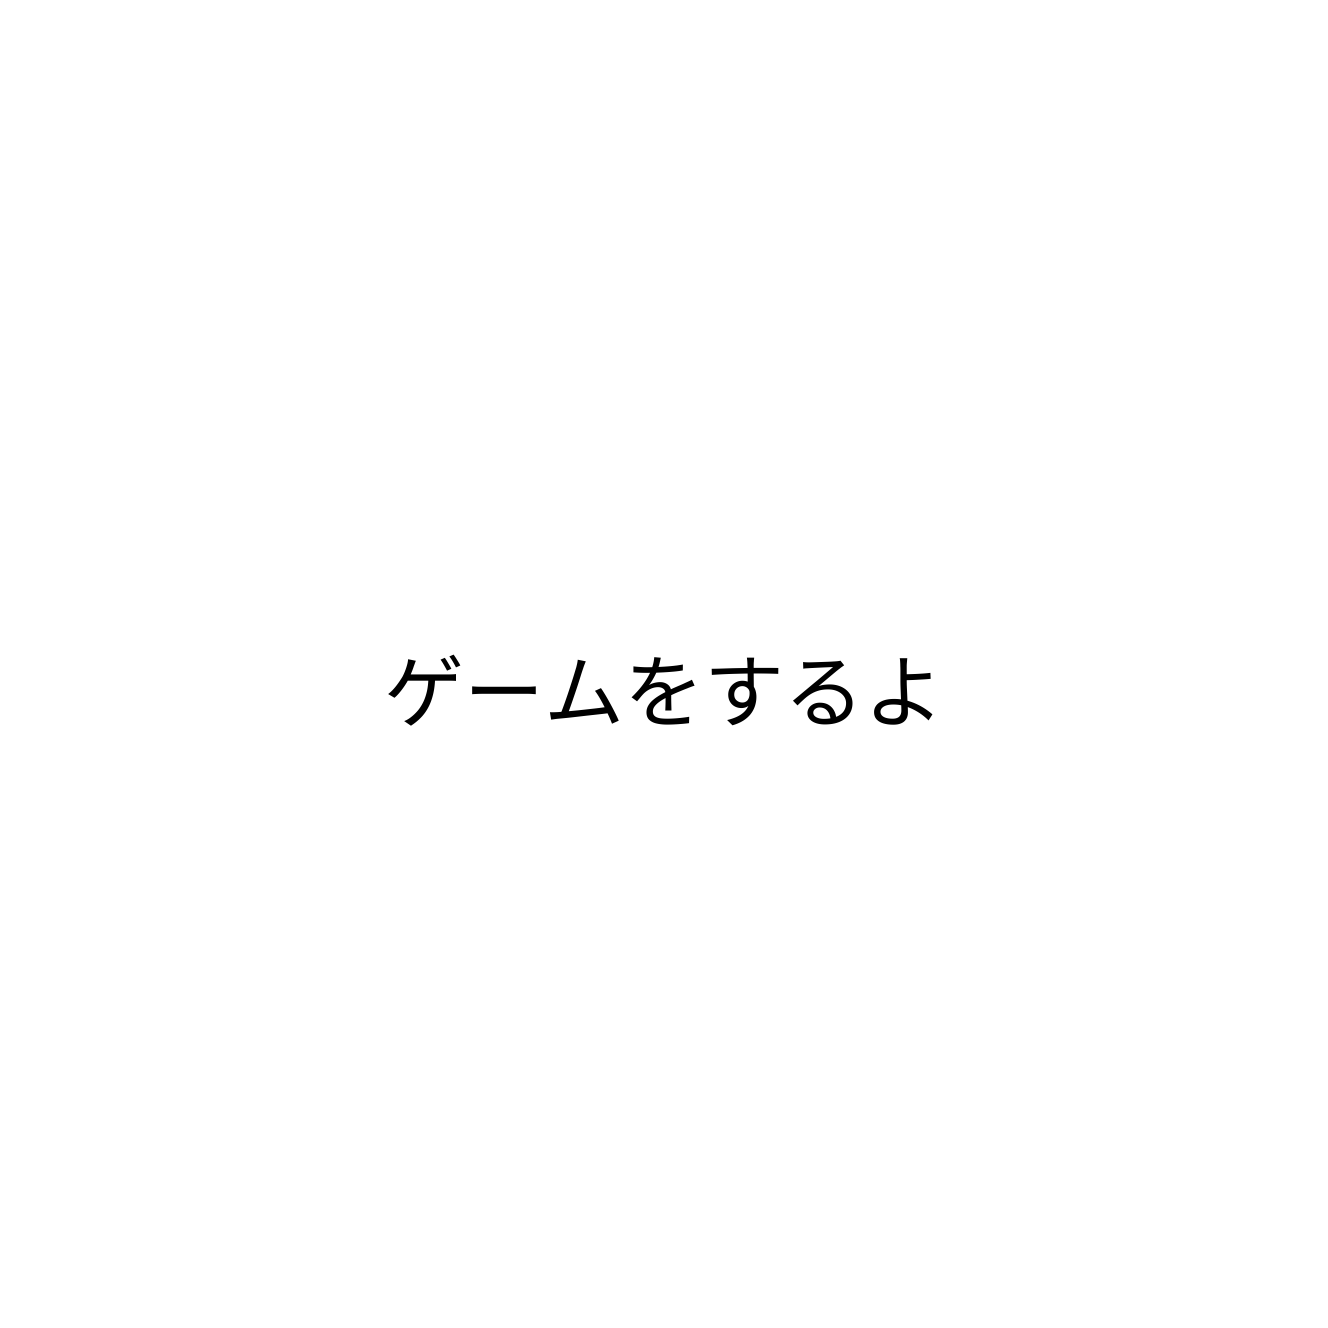
ゲームをするよ